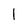
Character: l